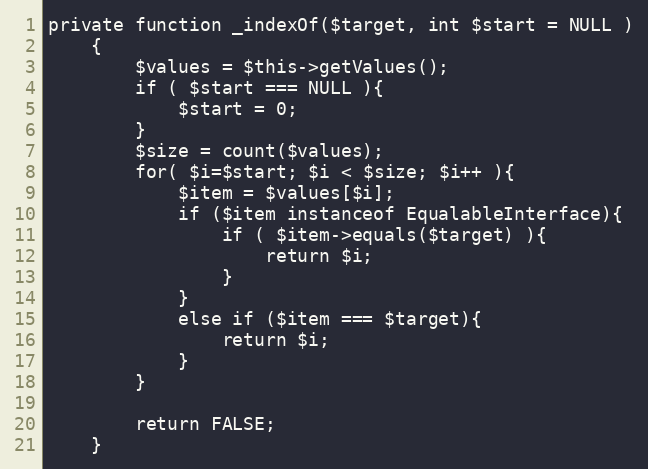
Language: PHP
private function _indexOf($target, int $start = NULL )
    {
        $values = $this->getValues();
        if ( $start === NULL ){
            $start = 0;
        }
        $size = count($values);
        for( $i=$start; $i < $size; $i++ ){
            $item = $values[$i];
            if ($item instanceof EqualableInterface){
                if ( $item->equals($target) ){
                    return $i;
                }
            }
            else if ($item === $target){
                return $i;
            }
        }

        return FALSE;
    }